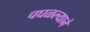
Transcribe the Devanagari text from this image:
चघळल्याने